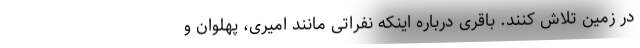
در زمین تلاش کنند. باقری درباره اینکه نفراتی مانند امیری، پهلوان و